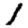
Digit: 1